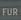
fur